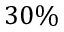
3 0 \%